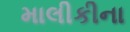
માલીકીના